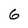
Character: 6